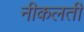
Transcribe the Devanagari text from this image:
नीकलती